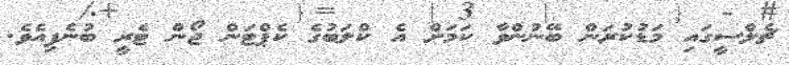
ޗެލްސީގައި މަޑުކުރަން ބޭނުންވާ ކަމަށް އެ ކްލަބުގެ ކެޕްޓަން ޖޯން ޓެރީ ބުނެފިއެވެ.